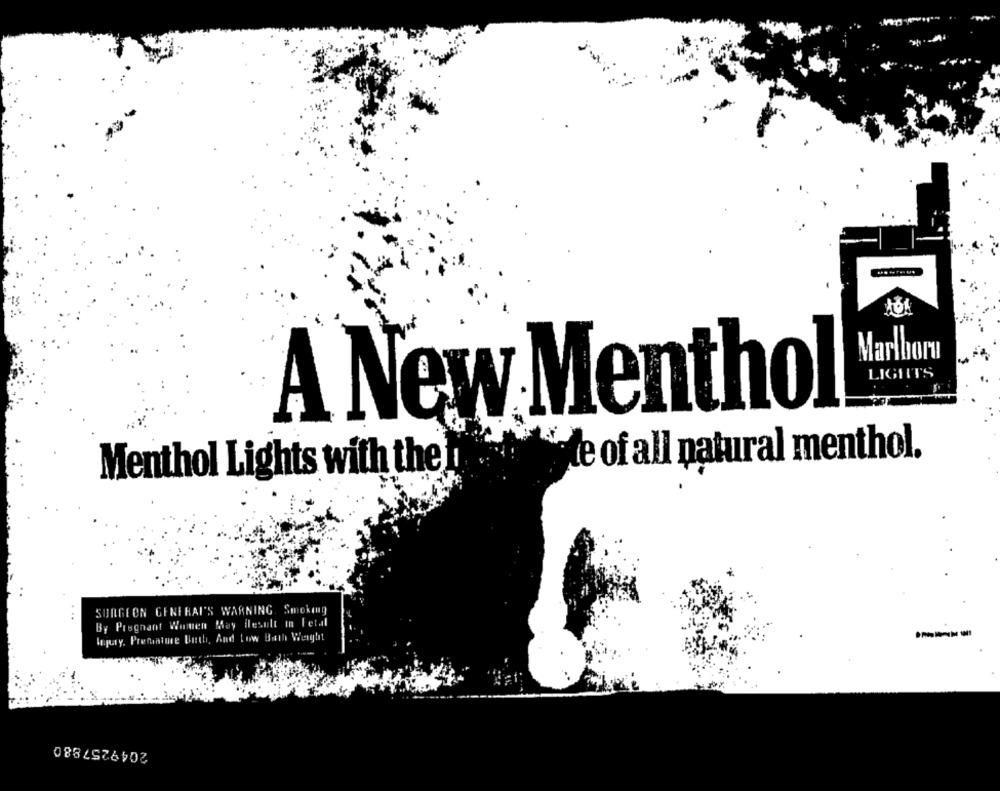
Marlboro
LIGHTS
A New Menthol
4.
de of all natural menthol.
Menthol Lights with the !
SURGEON GENERAL'S WARNING, Smoking
By Pregnant Women May flesult in Fetal
Injury. Premature Buth, And Low Both Weight
2049257880